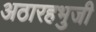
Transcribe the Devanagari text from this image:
अठारहभुजी